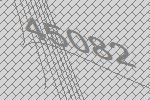
45082